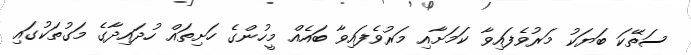
ސަތޭކަ ބަޔަކު މަރުވެފައިވާ ކަމަށާއި މަރުވެފައިވާ ބައެއް މީހުންގެ ހަށިތައް ހުދައިދާގެ މަގުތަކުގައި